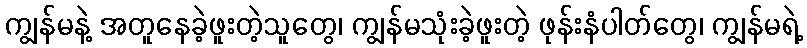
ကျွန်မနဲ့ အတူနေခဲ့ဖူးတဲ့သူတွေ၊ ကျွန်မသုံးခဲ့ဖူးတဲ့ ဖုန်းနံပါတ်တွေ၊ ကျွန်မရဲ့